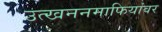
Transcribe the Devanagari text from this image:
उत्खननमाफियांवर